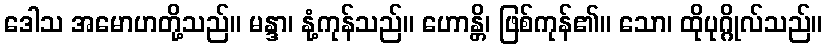
ဒေါသ အမောဟတို့သည်။ မန္ဒာ၊ နုံ့ကုန်သည်။ ဟောန္တိ၊ ဖြစ်ကုန်၏။ သော၊ ထိုပုဂ္ဂိုလ်သည်။